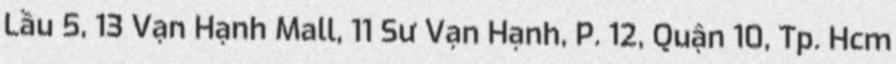
Lầu 5, 13 Vạn Hạnh Mall, 11 Sư Vạn Hạnh, P. 12, Quận 10, Tp. Hcm